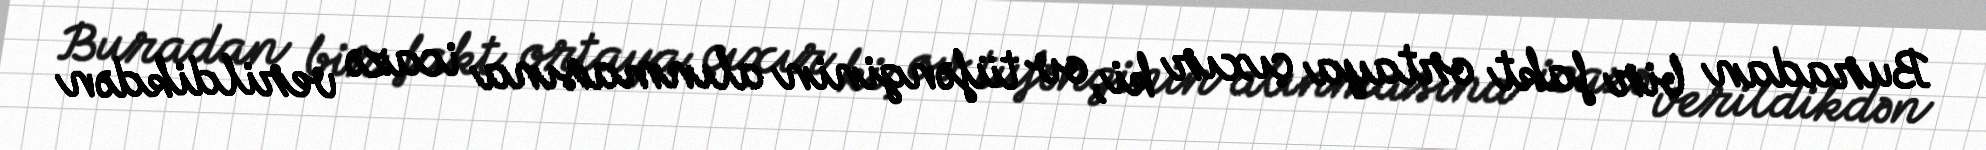
Buradan bir fakt ortaya çıxır ki, ov tüfənginin alınmasına icazə verildikdən